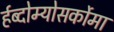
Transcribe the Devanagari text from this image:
र्हब्दोम्योसर्कोमा